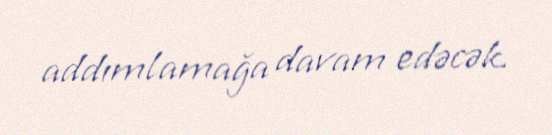
addımlamağa davam edəcək.